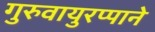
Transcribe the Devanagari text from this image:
गुरुवायुरप्पाने